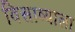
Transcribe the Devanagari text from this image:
विसाव्याला